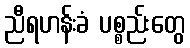
ညီရဟန်းခံ ပစ္စည်းတွေ